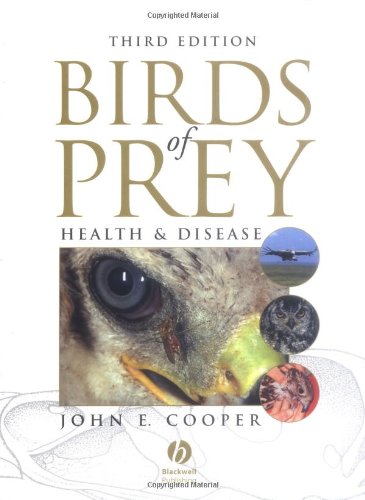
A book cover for Birds of Prey: Health and Disease; Medical Books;